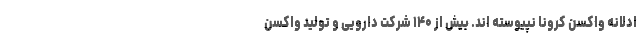
ادلانه واکسن کرونا نپیوسته اند. بیش از ۱۴۰ شرکت دارویی و تولید واکسن